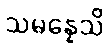
သမန္နေသိ